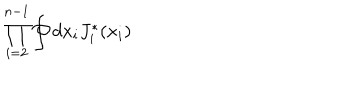
LaTeX: \prod _ { i = 2 } ^ { n - 1 } \oint d x _ { i } J _ { i } ^ { * } ( x _ { i } )